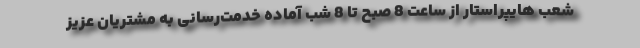
شعب هایپراستار از ساعت 8 صبح تا 8 شب آماده خدمت‌رسانی به مشتریان عزیز